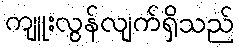
ကျူးလွန်လျက်ရှိသည်